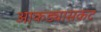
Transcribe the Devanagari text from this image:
आकड्यासकट